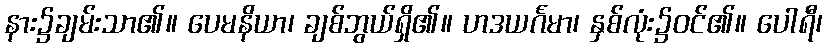
နား၌ချမ်းသာ၏။ ပေမနိယာ၊ ချစ်ဘွယ်ရှိ၏။ ဟဒယင်္ဂမာ၊ နှစ်လုံး၌ဝင်၏။ ပေါရီ၊